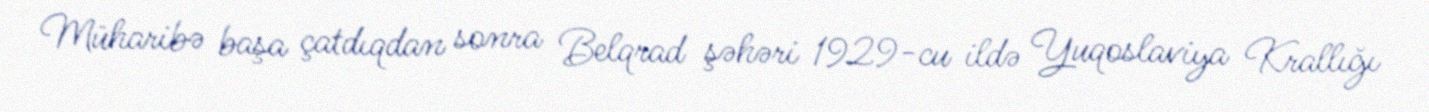
Müharibə başa çatdıqdan sonra Belqrad şəhəri 1929-cu ildə Yuqoslaviya Krallığı